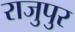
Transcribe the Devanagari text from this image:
राजुपुर